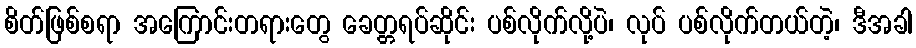
စိတ်ဖြစ်စရာ အကြောင်းတရားတွေ ခေတ္တရပ်ဆိုင်း ပစ်လိုက်လို့ပဲ၊ လုပ် ပစ်လိုက်တယ်တဲ့၊ ဒီအခါ